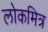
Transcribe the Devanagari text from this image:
लोकमित्र